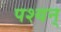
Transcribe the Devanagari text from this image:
पश्यन्